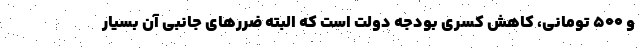
و ۵۰۰ تومانی، کاهش کسری بودجه دولت است که البته ضررهای جانبی آن بسیار